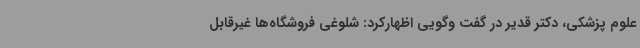
علوم پزشکی، دکتر قدیر در گفت وگویی اظهارکرد: شلوغی فروشگاه‌ها غیرقابل